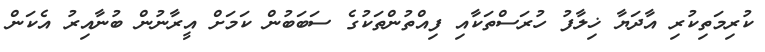
ކުރިމަތިކުރި އާދަޔާ ޚިލާފު ހުރަސްތަކާއި ފިއްތުންތަކުގެ ސަބަބުން ކަމަށް އީރާނުން ބުނާއިރު އެކަން